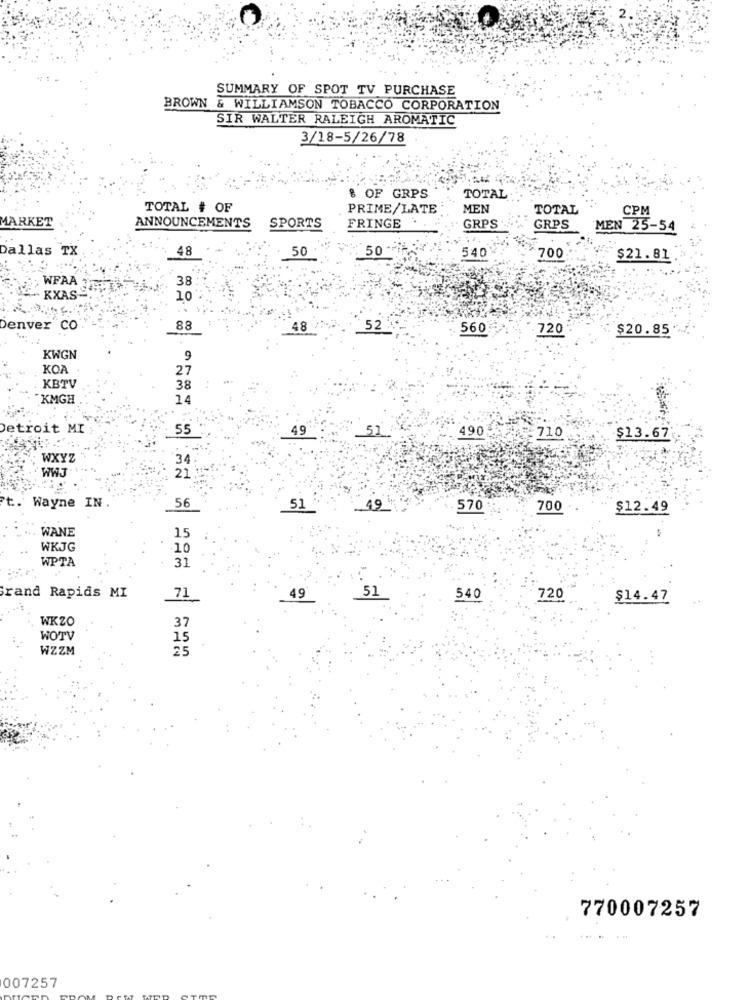
SUMMARY OF SPOT TV PURCHASE
BROWN & WILLIAMSON TOBACCO CORPORATION
SIR WALTER RALEIGH AROMATIC
3/18-5/26/78
8 OF GRPS
TOTAL
TOTAL # OF
PRIME/LATE
MEN
TOTAL
CPM
MARKET
ANNOUNCEMENTS
SPORTS
FRINGE
GRPS
GRPS
MEN 25-54
Dallas TX
48
50
50-
540
700
$21.81
, WFAA
38
- KXAS-
10
..
Denver CO
88
48
52
560
720
$20.85
KWGN
9
KOA
27
KBTV
38
KMGH
14
Detroit MI
55
49
490
710
$13.67
...
WXYZ
34
WWJ
21
Wayne IN.
56
51
49
570
700
$12.49
WANE
15
WKJG
.10
WPTA
31
rand Rapids MI
71
49
51
540
720
$14.47
WKZO
37
WOTV
15
WZZM
25
770007257
... .
007257